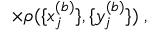
\times \rho ( \{ x _ { j } ^ { ( b ) } \} , \{ y _ { j } ^ { ( b ) } \} ) \; ,